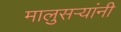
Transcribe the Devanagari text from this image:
मालुसऱ्यांनी